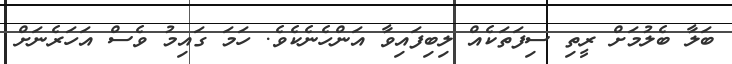
ބަލާ ބެލުމަށް ރީތި ސިފަތަކެއް ލިބިފައިވާ އަންހެނެކެވެ. ހަމަ ގައިމު ވެސް އަހަރެނަށް